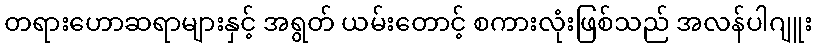
တရားဟောဆရာများနှင့် အရွတ် ယမ်းတောင့် စကားလုံးဖြစ်သည် အလန်ပါဂျူး